Annual vaccination report of Bihar and Orissa - 1911-1928
Year: 1911
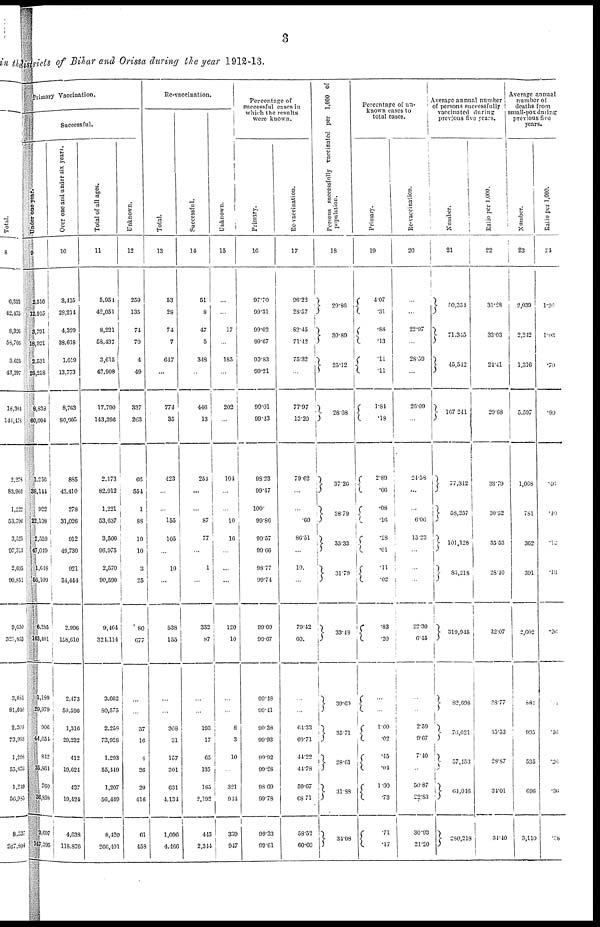
3
districts of Bihar and Orissa during the year 1912-13.
Primary Vaccination.
Successful.
Under one year.
9
2,516
12,915
3,701
18,921
2,531
28,258
8,838
60,094
1,256
38,144
922
22,108
2,559
47,019
1,618
56,100
6,285
163,401
1,189
29,979
906
44,654
812
35,864
760
36,898
3,697
147,395
Over one and under six years.
10
3,415
28,214
4,329
38,618
1,019
13,773
8,763
80,605
885
43,410
278
31,026
912
49,730
921
34,444
2,996
158,610
2,473
50,596
1,316
29,232
412
19,624
437
19,424
4,638
118,876
Total of all ages.
11
5,954
42,051
8,231
58,437
3,615
42,908
17,790
143,396
2,173
82,912
1,221
53,637
3,500
96,975
2,570
90,590
9,464
324,114
3,662
80,575
2,258
73,928
1,293
55,449
1,207
56,449
8,420
266,401
Unknown.
12
259
135
74
70
4
49
337
263
66
554
1
88
10
10
3
25
80
677
...
...
37
16
4
26
20
416
61
458
Re-vaccination.
Total.
13
53
28
74
7
647
...
774
35
423
...
...
155
105
...
10
...
538
155
......
...
308
31
157
301
631
4,134
1,096
4,466
Successful.
14
51
8
47
5
343
...
446
13
254
...
...
87
77
...
1
...
332
87
...
...
193
17
65
135
185
2,192
443
2,344
Unknown.
15
...
...
17
...
185
...
202
...
104
...
...
10
16
...
...
...
. 120
10
...
...
8
3
10
...
321
944
389
947
Percentage of
successful cases in
which the results
were known.
Primary.
16
97.70
99.31
99.62
99.67
99.83
99.21
99.01
99.43
98.23
99.47
100.
99.86
99.57
99.66
98.77
99.74
99.00
99.67
99.48
99.41
99.38
99.93
99.92
99.28
98.69
99.78
99.33
99.61
Re-vaccination.
17
96.22
28.57
82.45
71.42
75.32
...
77.97
13.20
79.62
...
...
.60
86.51
...
10.
...
79.12
60.
...
...
64.33
69.71
44.22
44.78
59.67
68.71
58.52
60.60
Persons successfully vaccinated per 1,000 of
population.
18
20.86
30.89
25.12
28.08
37.26
28.79
35.33
31.79
33.48
39.69
35.71
28.61
31.88
34.08
Percentage of un-
known cases to
total cases.
Primary.
19
4.07
.31
.88
.13
.11
.11
1.84
.18
2.89
.66
.08
.16
.28
.01
.11
.02
.83
.20
...
...
1.60
.02
.15
.04
1.60
.73
.71 .17
Re-vaccination.
20
...
...
22.97
...
28.50
...
26.09
...
24.53
...
...
6.06
15.23
...
...
...
22.30
6.45
...
...
2.59
9.67
7.40
...
50.87
22.83
30.03
21.20
Average annual number
of persons successfully
vaccinated during
previous five years.
Number.
21
50,354
71,345
45,542
167,241
77,342
58,257
101,128
83,218
319,945
82,698
76,021
57,453
64,016
280,218
Ratio per 1,000.
22
31.28
33.03
24.41
20.68
33.79
30.52
35.53
28.40
32.07
38.77
35.53
28.87
34.01
34.40
Average annual
number of
deaths from
small-pox during
previous five
years.
Number.
23
2,039
2,242
1,316
5,597
1,068
781
362
391
2,602
881
995
535
696
3,110
Ratio per 1,000.
24
l.20
1.03
.70
.99
.46
.40
.12
.13
.26
00
.16
.26
.36
.28